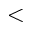
<